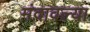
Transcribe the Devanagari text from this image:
मंदावल्या